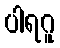
ပါရဂူ